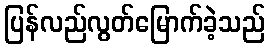
ပြန်လည်လွတ်မြောက်ခဲ့သည်